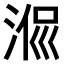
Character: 𣶜